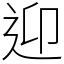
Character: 迎